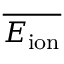
\overline { { E _ { \mathrm { i o n } } } }